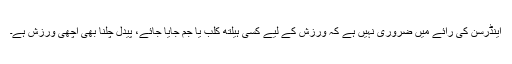
اینڈرسن کی رائے میں ضروری نہیں ہے کہ ورزش کے لیے کسی ہیلتھ کلب یا جم جایا جائے، پیدل چلنا بھی اچھی ورزش ہے۔